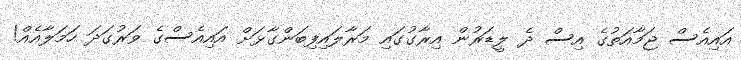
އައިއެސް ޖަމާއަތުގެ އިސް ދެ ލީޑަރުން އިރާގުގައި މަރާލައިފިބަންގާޅަށް އައިއެސްގެ ވަރުގަދަ ހަމަލާއެއް!